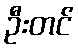
ဦးတင်